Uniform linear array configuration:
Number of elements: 48
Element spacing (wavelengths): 0.5
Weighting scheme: binomial
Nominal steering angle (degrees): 45
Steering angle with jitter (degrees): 43.717
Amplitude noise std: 0.05
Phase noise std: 0.05

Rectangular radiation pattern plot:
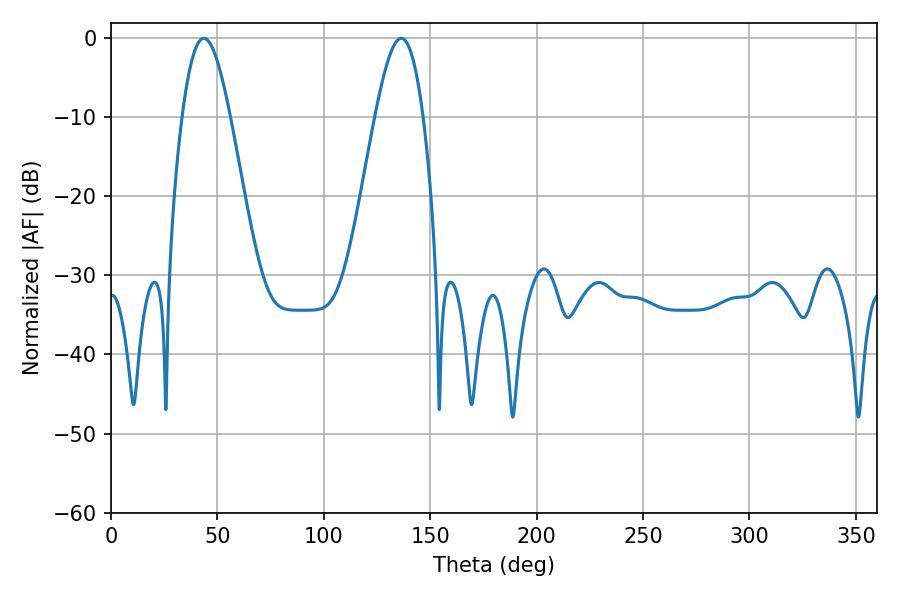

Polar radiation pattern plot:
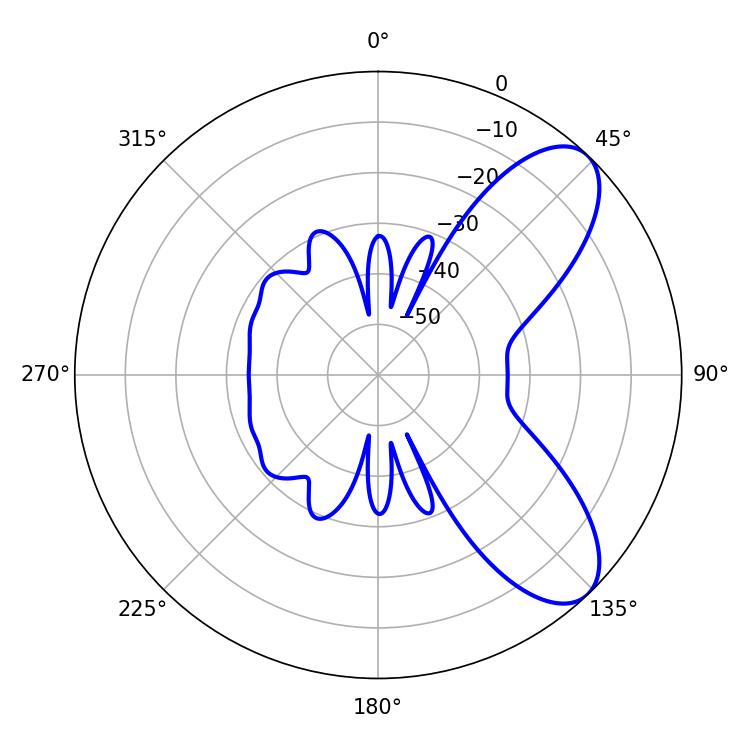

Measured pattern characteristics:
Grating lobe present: FALSE
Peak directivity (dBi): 7.947
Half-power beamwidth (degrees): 12.24
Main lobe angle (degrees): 43.56